Annual report on the lock hospitals of the Madras Presidency
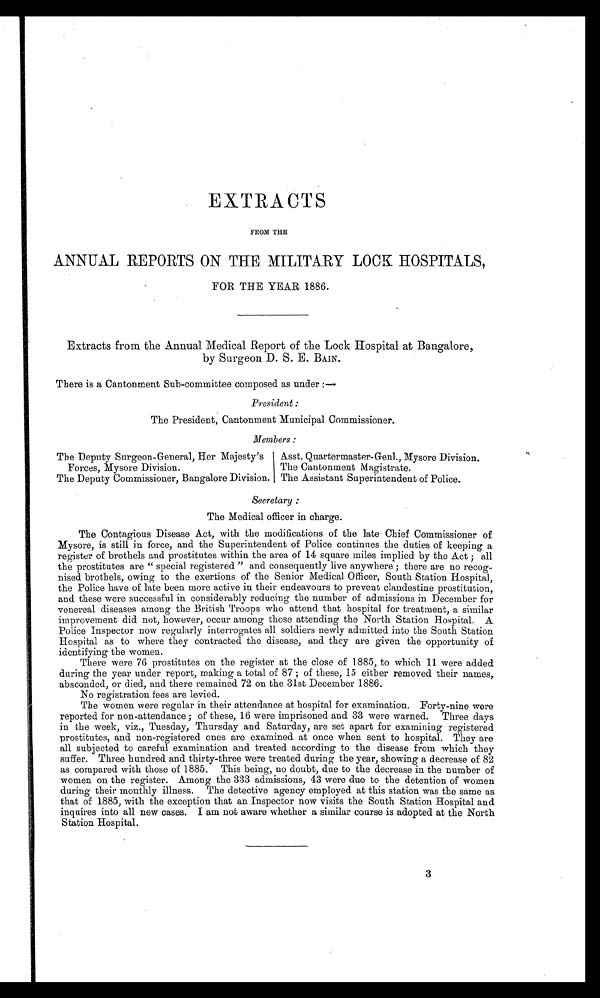
EXTRACTS
FROM THE
ANNUAL REPORTS ON THE MILITARY LOOK HOSPITALS,
FOR THE YEAR 1886.
Extracts from the Annual Medical Report of the Lock Hospital at Bangalore,
by Surgeon D. S. E. BAIN.
There is a Cantonment Sub-committee composed as under :—
President :
The President. Cantonment Municipal Commissioner.
Members:
The Deputy Surgeon-General, Her Majesty's
Asst. Quartermaster-Genl., Mysore Division.
Forces, Mysore Division.
The Cantonment Magistrate.
The Deputy Commissioner, Bangalore Division. The Assistant Superintendent of Police.
Secretary
The Medical officer in charge.
The Contagious Disease Act, with the modifications of the late Chief Commissioner of
Mysore, is still in force, and the Superintendent of Police continues the duties of keeping a
register of brothels and prostitutes within the area of 14 square miles implied by the Act ; all
the prostitutes are " special registered " and consequently live anywhere ; there are no recog-
nised brothels, owing to the exertions of the Senior Medical Officer, South Station Hospital,
the Police have of late been more active in their endeavours to prevent clandestine prostitution,
and these were successful in considerably reducing the number of admissions in December for
venereal diseases among the British Troops who attend that hospital for treatment, a similar
improvement did not, however, occur among those attending the North Station Hospital. A
Police Inspector now regularly interrogates all soldiers newly admitted into the South Station
Hospital as to where they contracted the disease, and they are given the opportunity of
identifying the women.
There were 76 prostitutes on the register at the close of 1885, to which 11 were added
during the year under report, making a total of 87; of these, 15 either removed their names,
absconded, or died, and there remained 72 on the 31st December 1886.
No registration fees are levied.
The women were regular in their attendance at hospital for examination. Forty-nine were
reported for non-attendance ; of these, 16 were imprisoned and 33 were warned. Three days
in the week, viz., Tuesday, Thursday and Saturday, are set apart for examining registered
prostitutes, and non-registered ones are examined at once when sent to hospital. They are
all subjected to careful examination and treated according to the disease from which they
suffer. Three hundred and thirty-three were treated during the year. showing a decrease of 82
as compared with those of 1885. This being, no doubt, due to the year, in the number of
women on the register. Among the 333 admissions, 43 were due to the detention of women
during their monthly illness. The detective agency employed at this station was the same as
that of 1885, with the exception that an Inspector now visits the South Station Hospital and
inquires into all new cases. I am not aware whether a similar course is adopted at the North
Station Hospital.
3